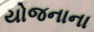
યોજનાના